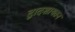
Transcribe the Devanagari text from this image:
द्वादशायतन